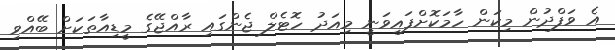
އެ ވަފްދުން މިކަން ހާމަކޮށްފައިވަނީ މިއަދު ހޮޓެލް ޖެންގައި ރާއްޖޭގެ މީޑިއާތަކަށް ބޭއްވި